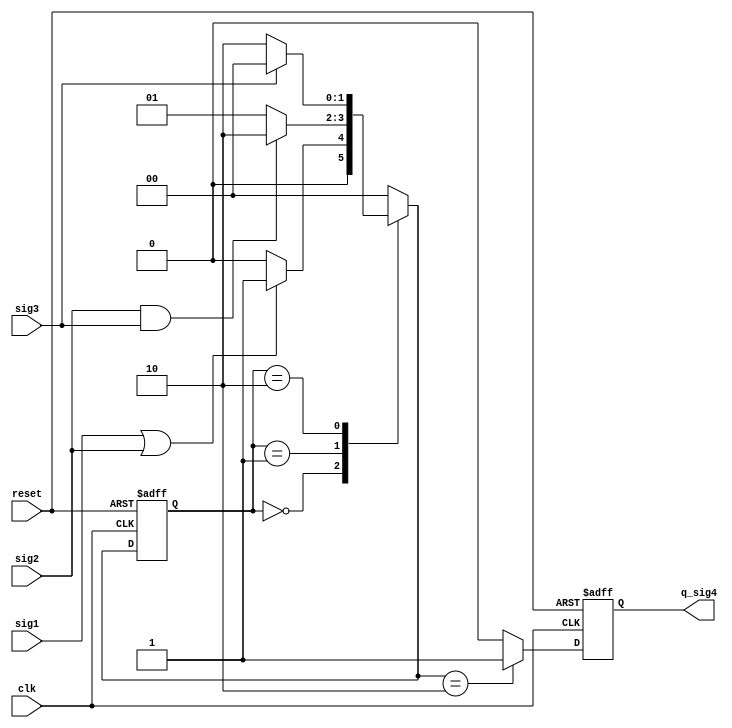
 //IDLE
 //q_sig4sig1sig2WAITsig1sig2
 //DONEsig4q_sig4IDLE
 
 module three_seg_fsm(clk,reset,sig1,sig2,sig3,q_sig4);
 //
 input clk,reset,sig1,sig2,sig3;
 
 output reg       q_sig4;
 
 reg [1:0]    current_state, next_state;
 
 //
 parameter  IDLE       = 2'b00;
 parameter  WAIT       = 2'b01;
 parameter  DONE       = 2'b10;
 
 //
 always @(posedge clk or posedge reset)
  if(reset)
      current_state <= IDLE;
  else
      current_state <= next_state;
      
 //
 always @(current_state or sig1 or sig2 or sig3)
   begin
       case(current_state)
       IDLE: begin
                              if(sig1 || sig2)
                                   begin
                                       next_state = WAIT;                                      
                                   end
                                  else
                                      begin
                                          next_state = IDLE;                                         
                                    end
                           end
                   WAIT: begin
                             if(sig2 && sig3)
                                 begin
                                     next_state = DONE;                                    
                               end
                             else
                                 begin
                                     next_state = WAIT;                                    
                               end
                          end       
                                     
                   DONE:begin
                            if(sig3)
                                begin
                                    next_state = IDLE;                                   
                                end
                            else
                                begin
                                    next_state = DONE;                                   
                                end
                           end
                    
                 default: begin
                              next_state = IDLE;                             
                            end
           endcase       
   end
   
   //
   always @(posedge clk or posedge reset)
     if(reset)
         q_sig4 <= 1'b0;
     else
         begin
             case(next_state)
                 IDLE,
                 WAIT: q_sig4 <= 1'b0;
                 DONE: q_sig4 <= 1'b1;
                 default: q_sig4 <= 1'b0;
           endcase
         end
         
 endmodule